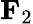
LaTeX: {\mathbf{F}}_{2}